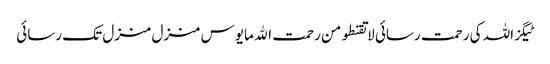
ٹیگزاللہ کی رحمت رسائی لا تقنطو من رحمت الله مایوس منزل منزل تک رسائی